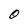
Character: 0